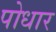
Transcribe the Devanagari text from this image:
पोधार